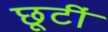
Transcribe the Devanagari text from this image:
छूटीं